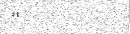
''